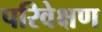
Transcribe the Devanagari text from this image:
परिवेक्षण